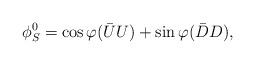
LaTeX: \begin{align*}\phi^0_S=\cos\varphi {(\bar{U}U)}+\sin\varphi{(\bar{D}D)},\end{align*}